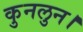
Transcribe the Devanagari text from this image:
कुनलुन।